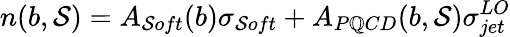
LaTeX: n(b,\mathcal{S})=A_{\mathcal{S}oft}(b)\sigma_{\mathcal{S}oft}+A_{P\mathbb{Q}CD}(b,\mathcal{S})\sigma_{jet}^{LO}